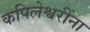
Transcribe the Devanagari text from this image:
कपिलेश्वरींना